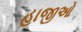
હાજીઓ